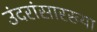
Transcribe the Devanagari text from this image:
उंदरांसारख्या